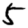
Digit: 5